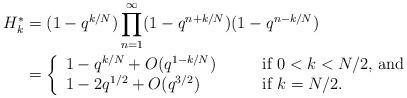
LaTeX: \begin{align*}H_{k}^* &= (1-q^{k/N})\prod_{n=1}^\infty (1-q^{n+k/N})(1-q^{n-k/N})\\&= \left\{ \begin{array}{ll}1 - q^{k/N} + O(q^{1-k/N})&\qquad\mbox{if $0<k<N/2$, and}\\ 1 - 2q^{1/2} + O(q^{3/2})&\qquad\mbox{if $k=N/2$}.\end{array}\right. \end{align*}